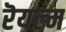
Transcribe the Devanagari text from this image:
रॆयल्म